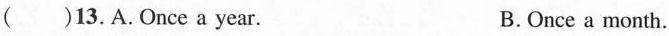
( )13.A.Once a year. B.Once a month.